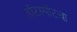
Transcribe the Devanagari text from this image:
हॉटस्पॉटचा